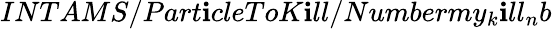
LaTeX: INTAMS/Part\mathbf{i}cleToK\mathbf{i}ll/Numbermy_{k}\mathbf{i}ll_{n}b